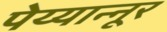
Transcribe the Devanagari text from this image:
पेय्यान्‍नूर